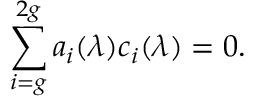
\sum _ { i = g } ^ { 2 g } a _ { i } ( \lambda ) c _ { i } ( \lambda ) = 0 .